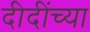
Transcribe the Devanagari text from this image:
दीदींच्या